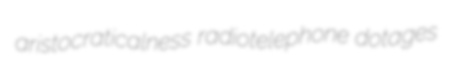
aristocraticalness radiotelephone dotages